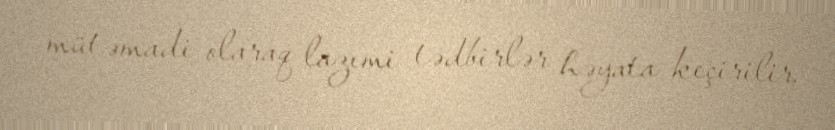
mütəmadi olaraq lazımi tədbirlər həyata keçirilir.